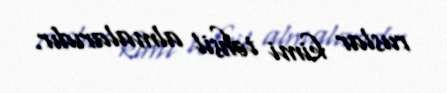
ruslar kimi təhsil almalarıdır.